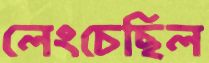
লেংচেছিল